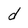
Character: d